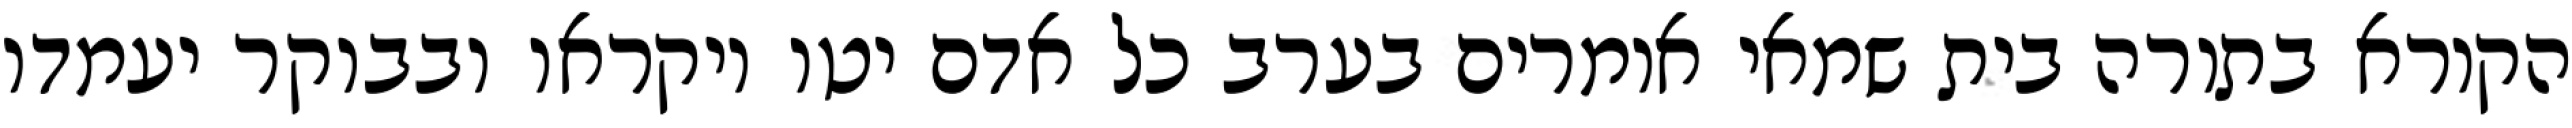
הקורא בתורה בית שמאי אומרים בערב כל אדם יטו ויקראו ובבוקר יעמדו